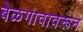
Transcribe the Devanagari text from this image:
बेळगावावरून